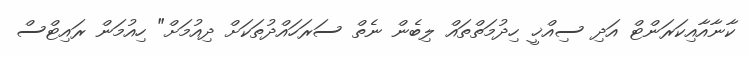
ކާނާއާއިކަރަންޓް އަދި ސިއްޚީ ހިދުމަތްތައް ލިބެން ނެތް ސަރަހައްދުތަކަށް ދިއުމަށް" ހިއުމަން ރައިޓްސް